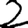
Digit: 2